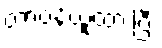
တာဝန်ယူထားပြီး